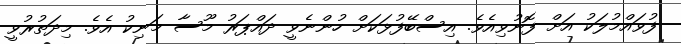
ފުވައްމުލަކު އަށް ފޮނުވިއެވެ. އިސްބޭފުޅަކަށް ހުންނެވީ ދައްޕަރު މޫސާ މަނިކު އެވެ. މިދަތުރުވީ